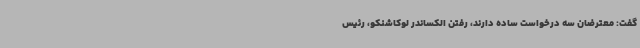
گفت: معترضان سه درخواست ساده دارند، رفتن الکساندر لوکاشنکو،‌ رئیس